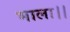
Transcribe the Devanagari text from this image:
भाला।।